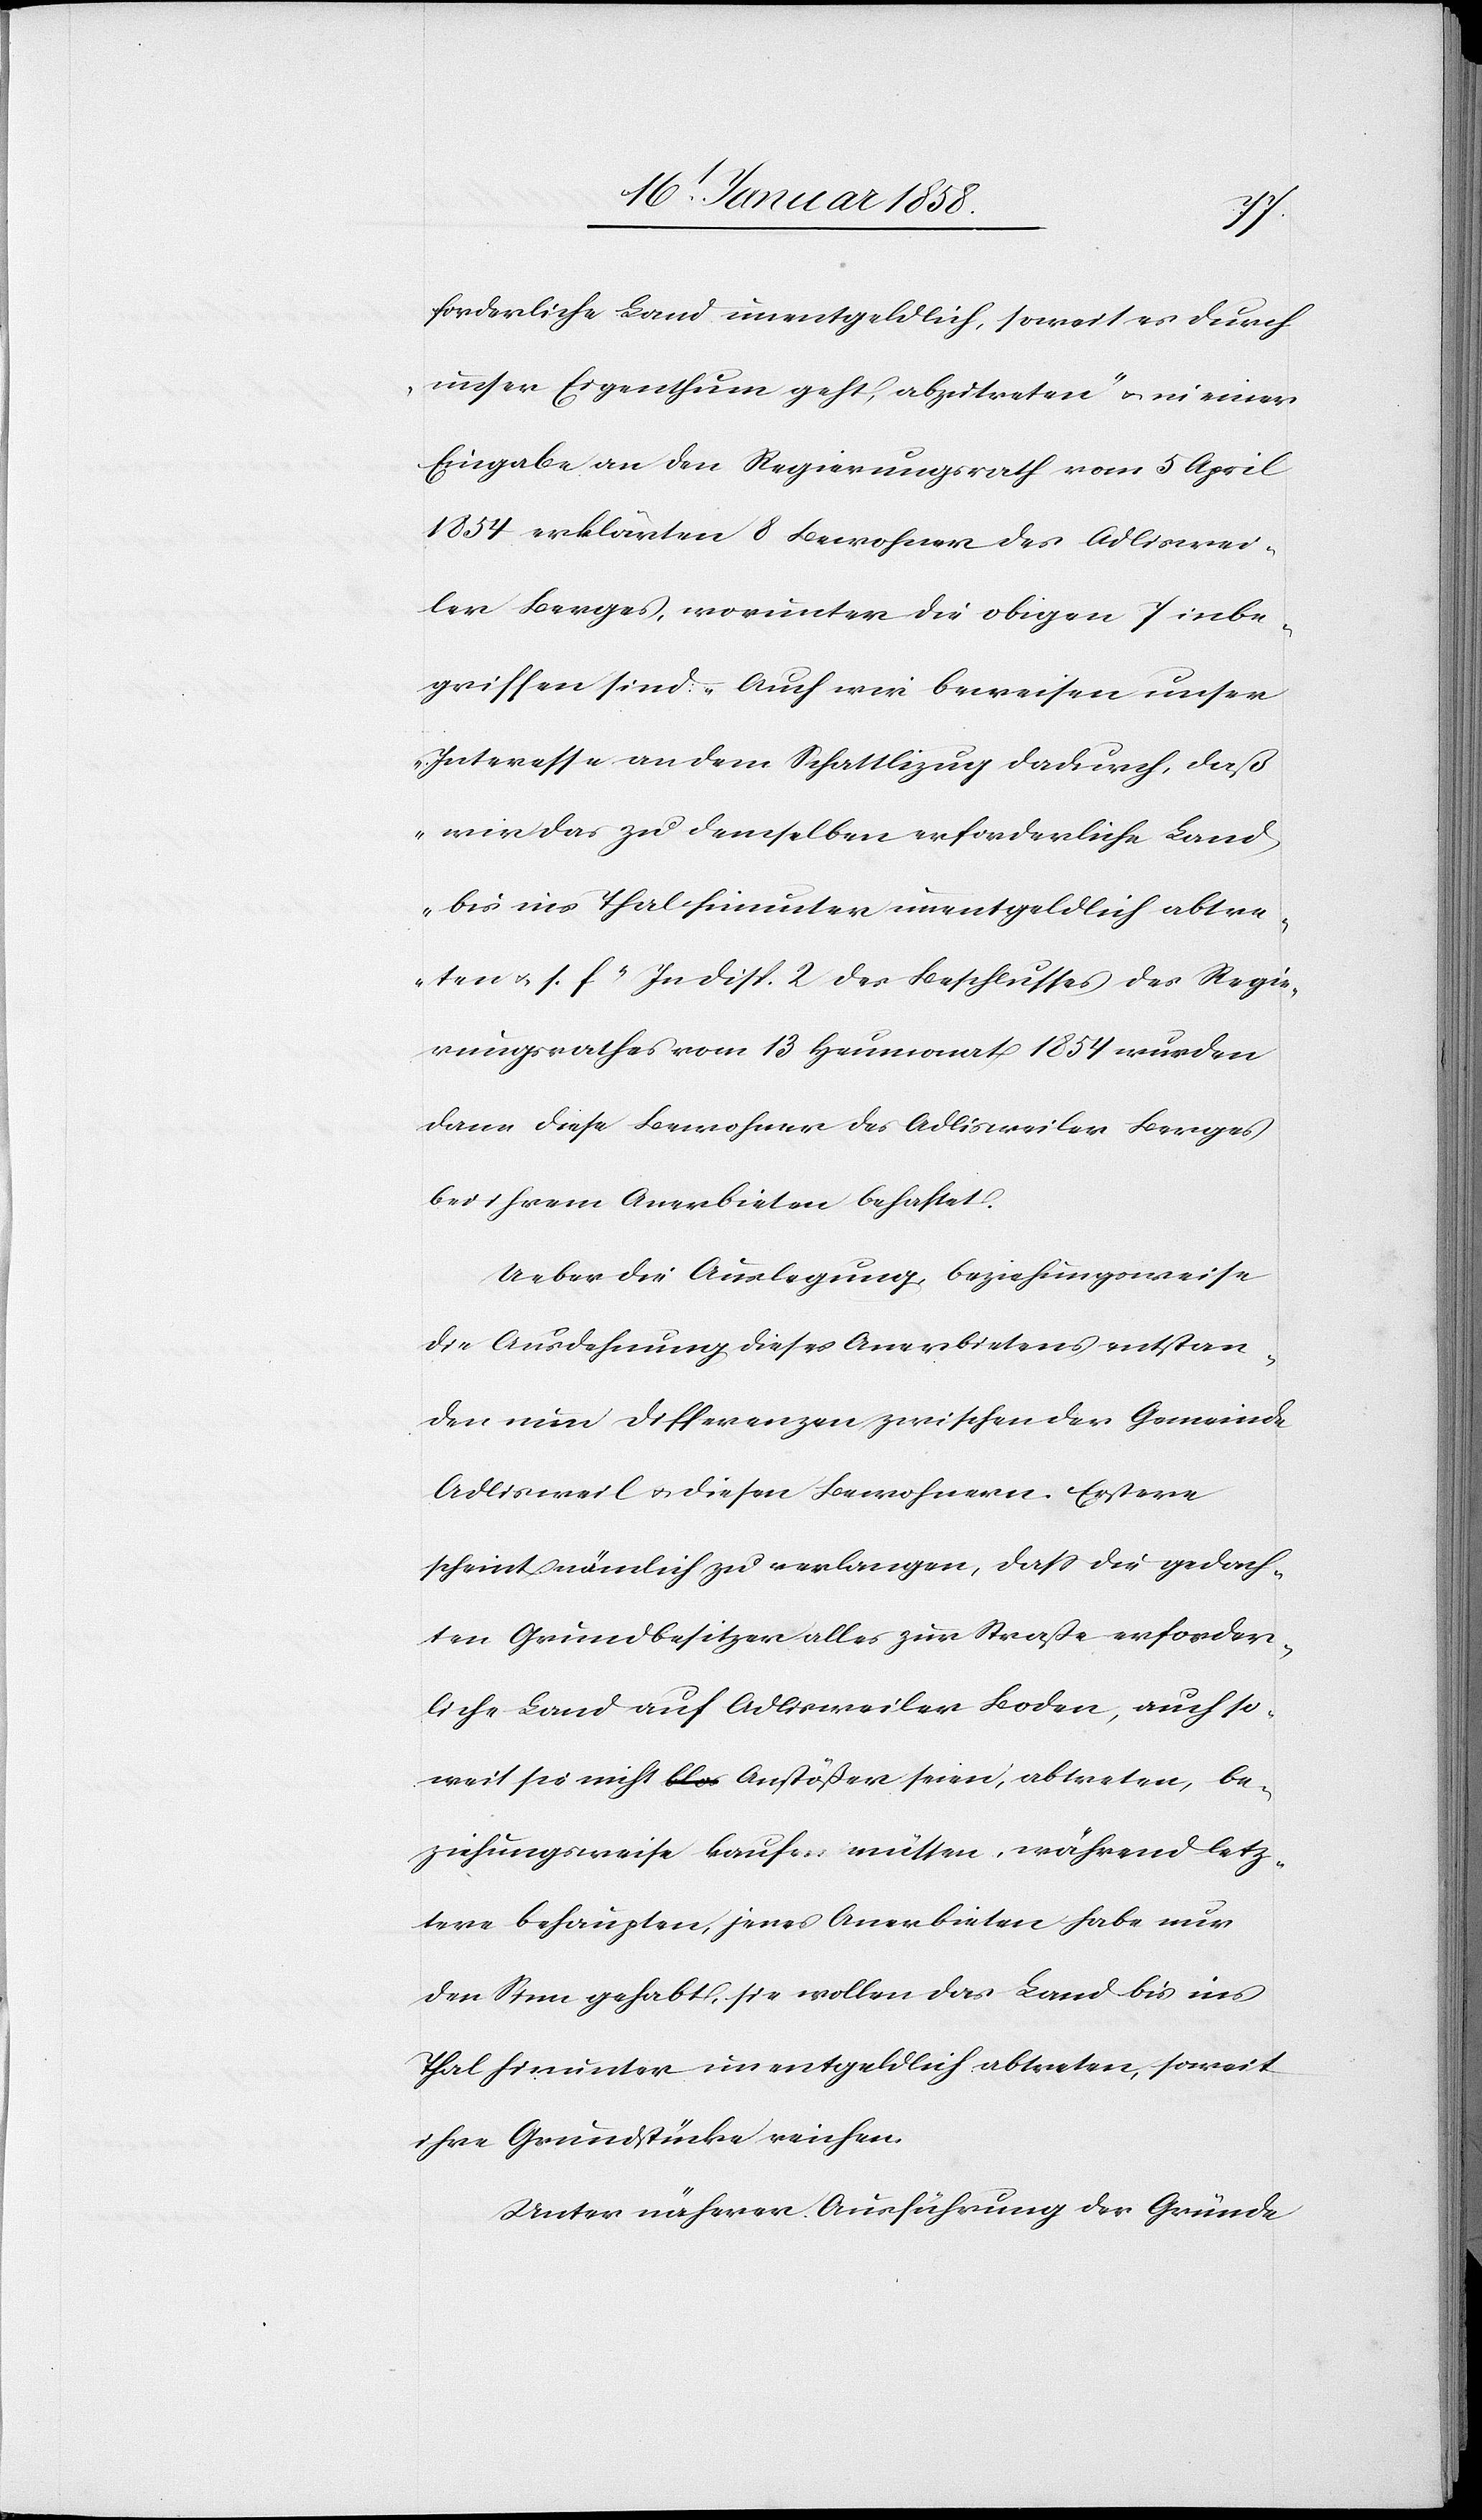
forderliche Land unentgeldlich, soweit es durch
unser Eigenthum geht, abzutreten“ u. in einer
Eingabe an den Regierungsrath vom 5 April
1854 erklärten 8 Bewohner des Adliswei¬
ler Berges, worunter die obigen 7 inbe¬
griffen sind: „Auch wir beweisen unser
Interesse an dem Schattlizug dadurch, daß
wir das zu demselben erforderliche Land
bis ins Thal hinunter unentgeldlich abtre¬
ten u. s. f.“ In Disp. 2 des Beschlusses des Regie¬
rungsrathes vom 13 Heumonat 1854 wurden
dann diese Bewohner des Adlisweiler Berges
bei ihrem Anerbieten behaftet.
Ueber die Auslegung, beziehungsweise
die Ausdehnung dieses Anerbietens entstan¬
den nun Differenzen zwischen der Gemeinde
Adlisweil u. diesen Bewohnern. Erstere
scheint nämlich zu verlangen, daß die gedach¬
ten Grundbesitzer alles zur Straße erforder¬
liche Land auf Adlisweiler Boden, auch so¬
weit sie nicht Anstößer seien, abtreten, be¬
ziehungsweise kaufen müssen, während letz¬
tere behaupten, jenes Anerbieten habe nur
den Sinn gehabt, sie wollen das Land bis ins
Thal hinunter unentgeldlich abtreten, soweit
ihre Grundstücke reichen.
Unter näherer Ausführung der Gründe